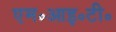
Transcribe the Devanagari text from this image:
एम॰आइ॰टी॰